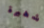
شطيرة